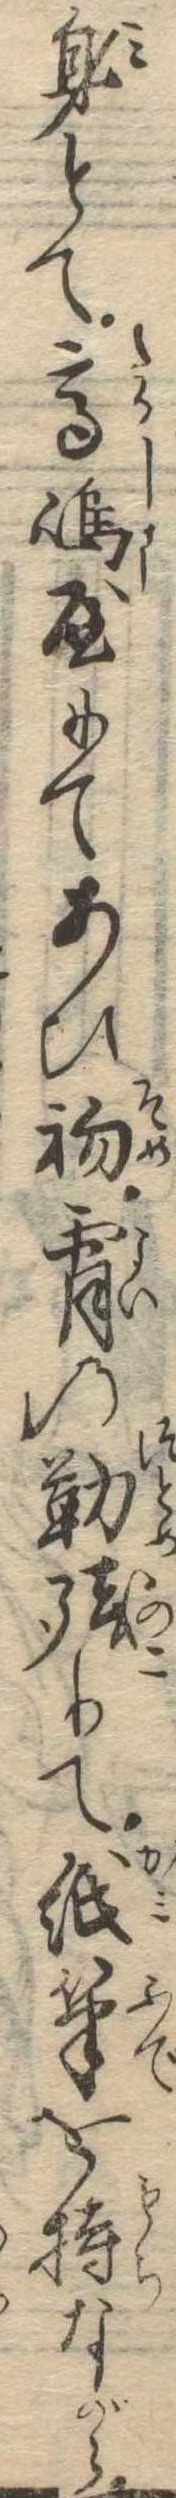
身とて高島屋にてあひ初宵の勤残りて紙筆を持ながら